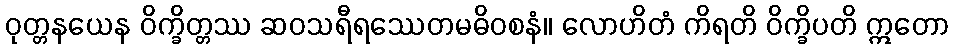
ဝုတ္တနယေန ဝိက္ခိတ္တဿ ဆဝသရီရဿေတမဓိဝစနံ။ လောဟိတံ ကိရတိ ဝိက္ခိပတိ ဣတော